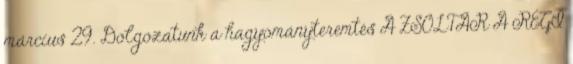
március 29. Dolgozatunk a hagyományteremtés A ZSOLTÁR A RÉGI